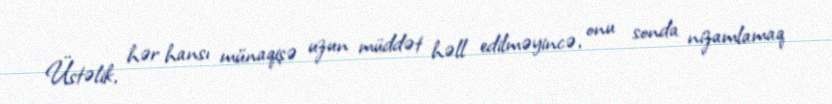
Üstəlik, hər hansı münaqişə uzun müddət həll edilməyincə, onu sonda nizamlamaq